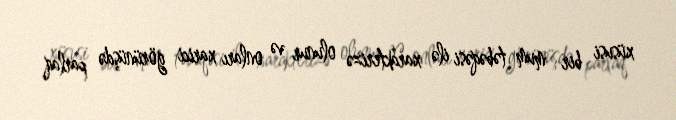
xüsusi bir mum təbəqəsi ilə xarakterizə olunur və onları xarici görünüşdə parlaq